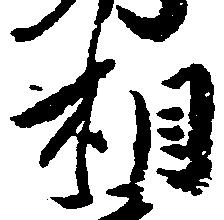
相